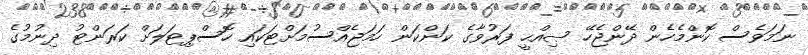
ނަމަވެސް ކޮންމެހެން ދޭންޖެހޭ ޞިއްޙީ ފަރުވާގެ ކަންކަން ހަމަޖެއްސުމަށްޓަކައި ހޮސްޕިޓަލަށް ކަރަންޓު ދިނުމުގެ